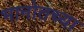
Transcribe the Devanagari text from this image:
भानोतच्या